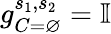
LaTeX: g_{C=\varnothing}^{s_{1},s_{2}}=\mathbb{I}